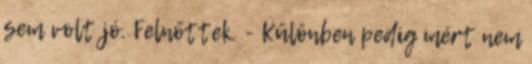
sem volt jó. Felnőttek. - Különben pedig mért nem